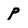
Character: p